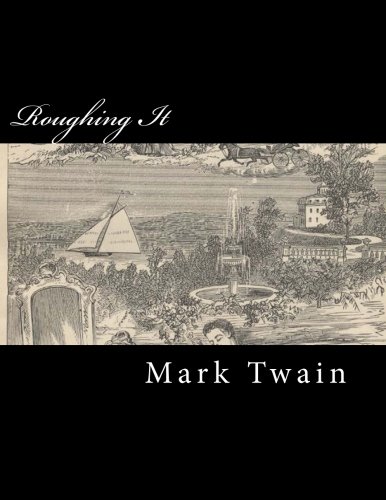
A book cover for Roughing It; Mark Twain; Literature & Fiction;